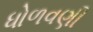
ધોળવણી